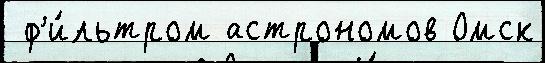
 ф'и́льтром астрономов Омск